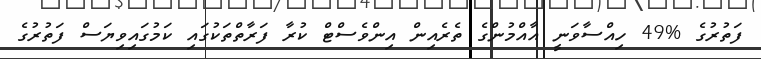
ފަތުރުގެ %49 ހިއްސާވަނީ އާއްމުންގެ ތެރެއިން އިންވެސްޓް ކުރާ ފަރާތްތަކުގައި ކަމުގައިވިޔަސް ފަތުރުގެ